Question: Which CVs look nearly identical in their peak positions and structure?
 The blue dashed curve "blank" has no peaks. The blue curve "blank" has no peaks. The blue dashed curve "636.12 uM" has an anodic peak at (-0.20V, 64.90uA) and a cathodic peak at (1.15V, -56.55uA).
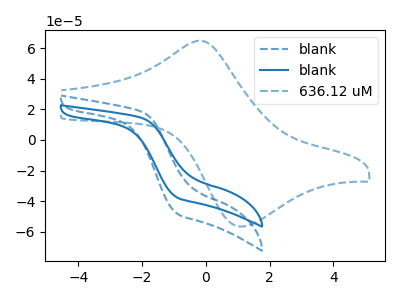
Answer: <think>Neither "blank" or "blank" have any peaks. "blank" and "636.12 uM" have a different number of peaks. "blank" and "636.12 uM" have a different number of peaks.
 </think>
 <answer>"blank" and "blank" have the same shape and are likely CV's of the same chemical.</answer>
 <eval>"blank" "blank"</eval>